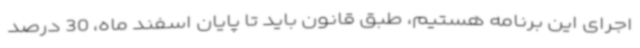
اجرای این برنامه هستیم، طبق قانون باید تا پایان اسفند ماه، 30 درصد